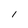
Character: I